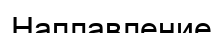
Наплавление